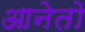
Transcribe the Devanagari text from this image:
आनेतो